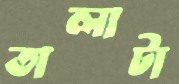
তালাটা